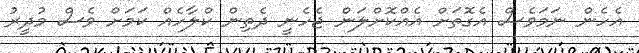
އެހެން ނަމަވެސް އެގޮތަށް އެއްކޮށްލަން ޖެހެނީ ދެތިން ކްލާހެއް ކަމަށް ވެސް މުދީރު